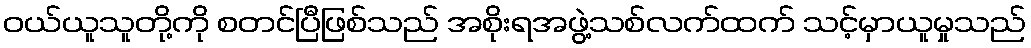
ဝယ်ယူသူတို့ကို စတင်ပြီဖြစ်သည် အစိုးရအဖွဲ့သစ်လက်ထက် သင့်မှာယူမှုသည်